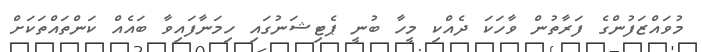
މުވައްޒަފުންގެ ފަރާތުން ވާހަކަ ދެއްކި މީހާ ބުނީ ޕެޓިޝަނުގައި ހިމަނާފައިވާ ބައެއް ކަންތައްތަކަށް